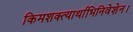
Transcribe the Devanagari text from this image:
किमशक्त्यार्थाभिनिवेशेन।